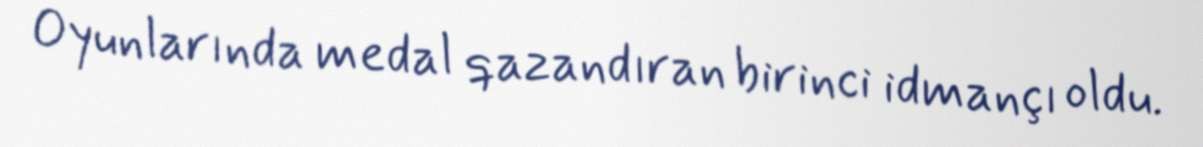
Oyunlarında medal qazandıran birinci idmançı oldu.